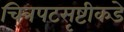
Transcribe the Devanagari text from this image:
चित्रपटसृष्टीकडे